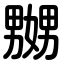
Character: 嬲